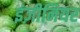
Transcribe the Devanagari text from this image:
इंज़ीनियर